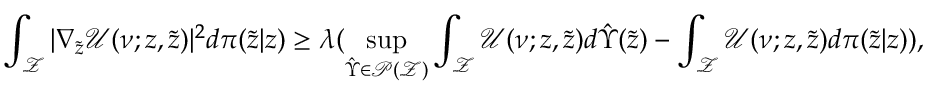
\int _ { \mathcal { Z } } | \nabla _ { \tilde { z } } \mathcal { U } ( \nu ; z , \tilde { z } ) | ^ { 2 } d \pi ( \tilde { z } | z ) \geq \lambda ( \operatorname* { s u p } _ { \hat { \Upsilon } \in \mathcal { P } ( \mathcal { Z } ) } \int _ { \mathcal { Z } } \mathcal { U } ( \nu ; z , \tilde { z } ) d \hat { \Upsilon } ( \tilde { z } ) - \int _ { \mathcal { Z } } \mathcal { U } ( \nu ; z , \tilde { z } ) d \pi ( \tilde { z } | z ) ) ,